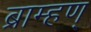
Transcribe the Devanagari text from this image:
ब्राम्हण्